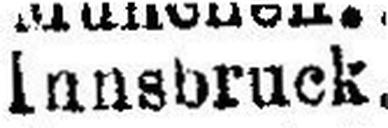
Innsbruck